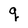
Character: q